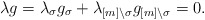
\begin{align*}\lambda g =\lambda_\sigma g_\sigma + \lambda_{[m]\setminus \sigma} g_{[m]\setminus \sigma} = 0.\end{align*}